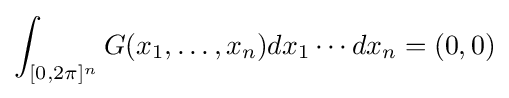
\int _{[0,2\pi ]^{n}}G(x_{1},\dots ,x_{n})dx_{1}\cdots dx_{n}=(0,0)